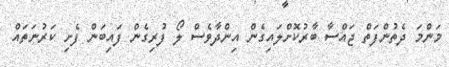
މަންމަ ދެތުންފަތް ޖައްސާ ބާރުކޮށްލައިގެން އިންދާވެސް ލޯ ފުރިގެން ފައިބަން ފެށި ކަރުނަތައް